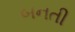
બનતી